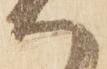
ハ